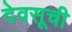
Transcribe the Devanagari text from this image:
देवसूची